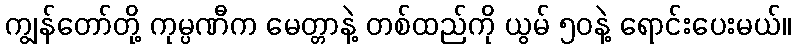
ကျွန်တော်တို့ ကုမ္ပဏီက မေတ္တာနဲ့ တစ်ထည်ကို ယွမ် ၅၀နဲ့ ရောင်းပေးမယ်။